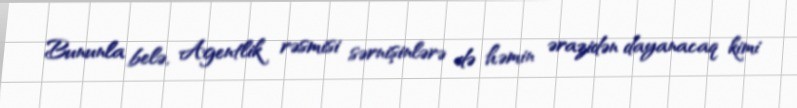
Bununla belə, Agentlik rəsmisi sərnişinlərə də həmin ərazidən dayanacaq kimi